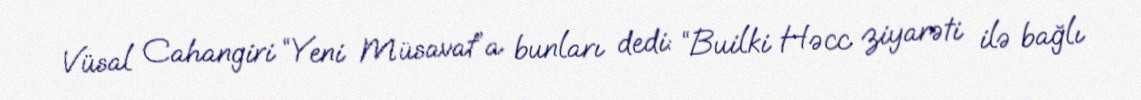
Vüsal Cahangiri “Yeni Müsavat”a bunları dedi: “Builki Həcc ziyarəti ilə bağlı